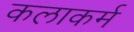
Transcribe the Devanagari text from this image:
कलाकर्म